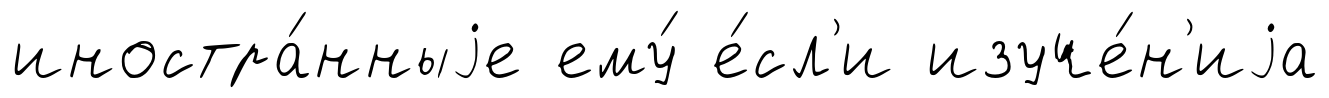
иностра́нныjе ему́ е́сл'и изуче́н'иjа